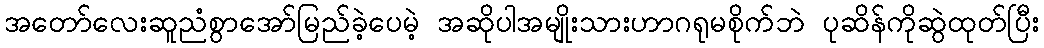
အတော်လေးဆူညံစွာအော်မြည်ခဲ့ပေမဲ့ အဆိုပါအမျိုးသားဟာဂရုမစိုက်ဘဲ ပုဆိန်ကိုဆွဲထုတ်ပြီး